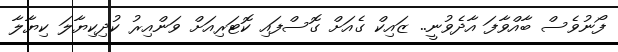
ފޯނުވެސް ބާއްވާފަ އާދެވުނީ.. ޒައިކް ގެއަށް ގޮސްފައި ކޮޓަރިއަށް ވަންއިރު ކުދިކިޔާލަ ކިޔާލާ